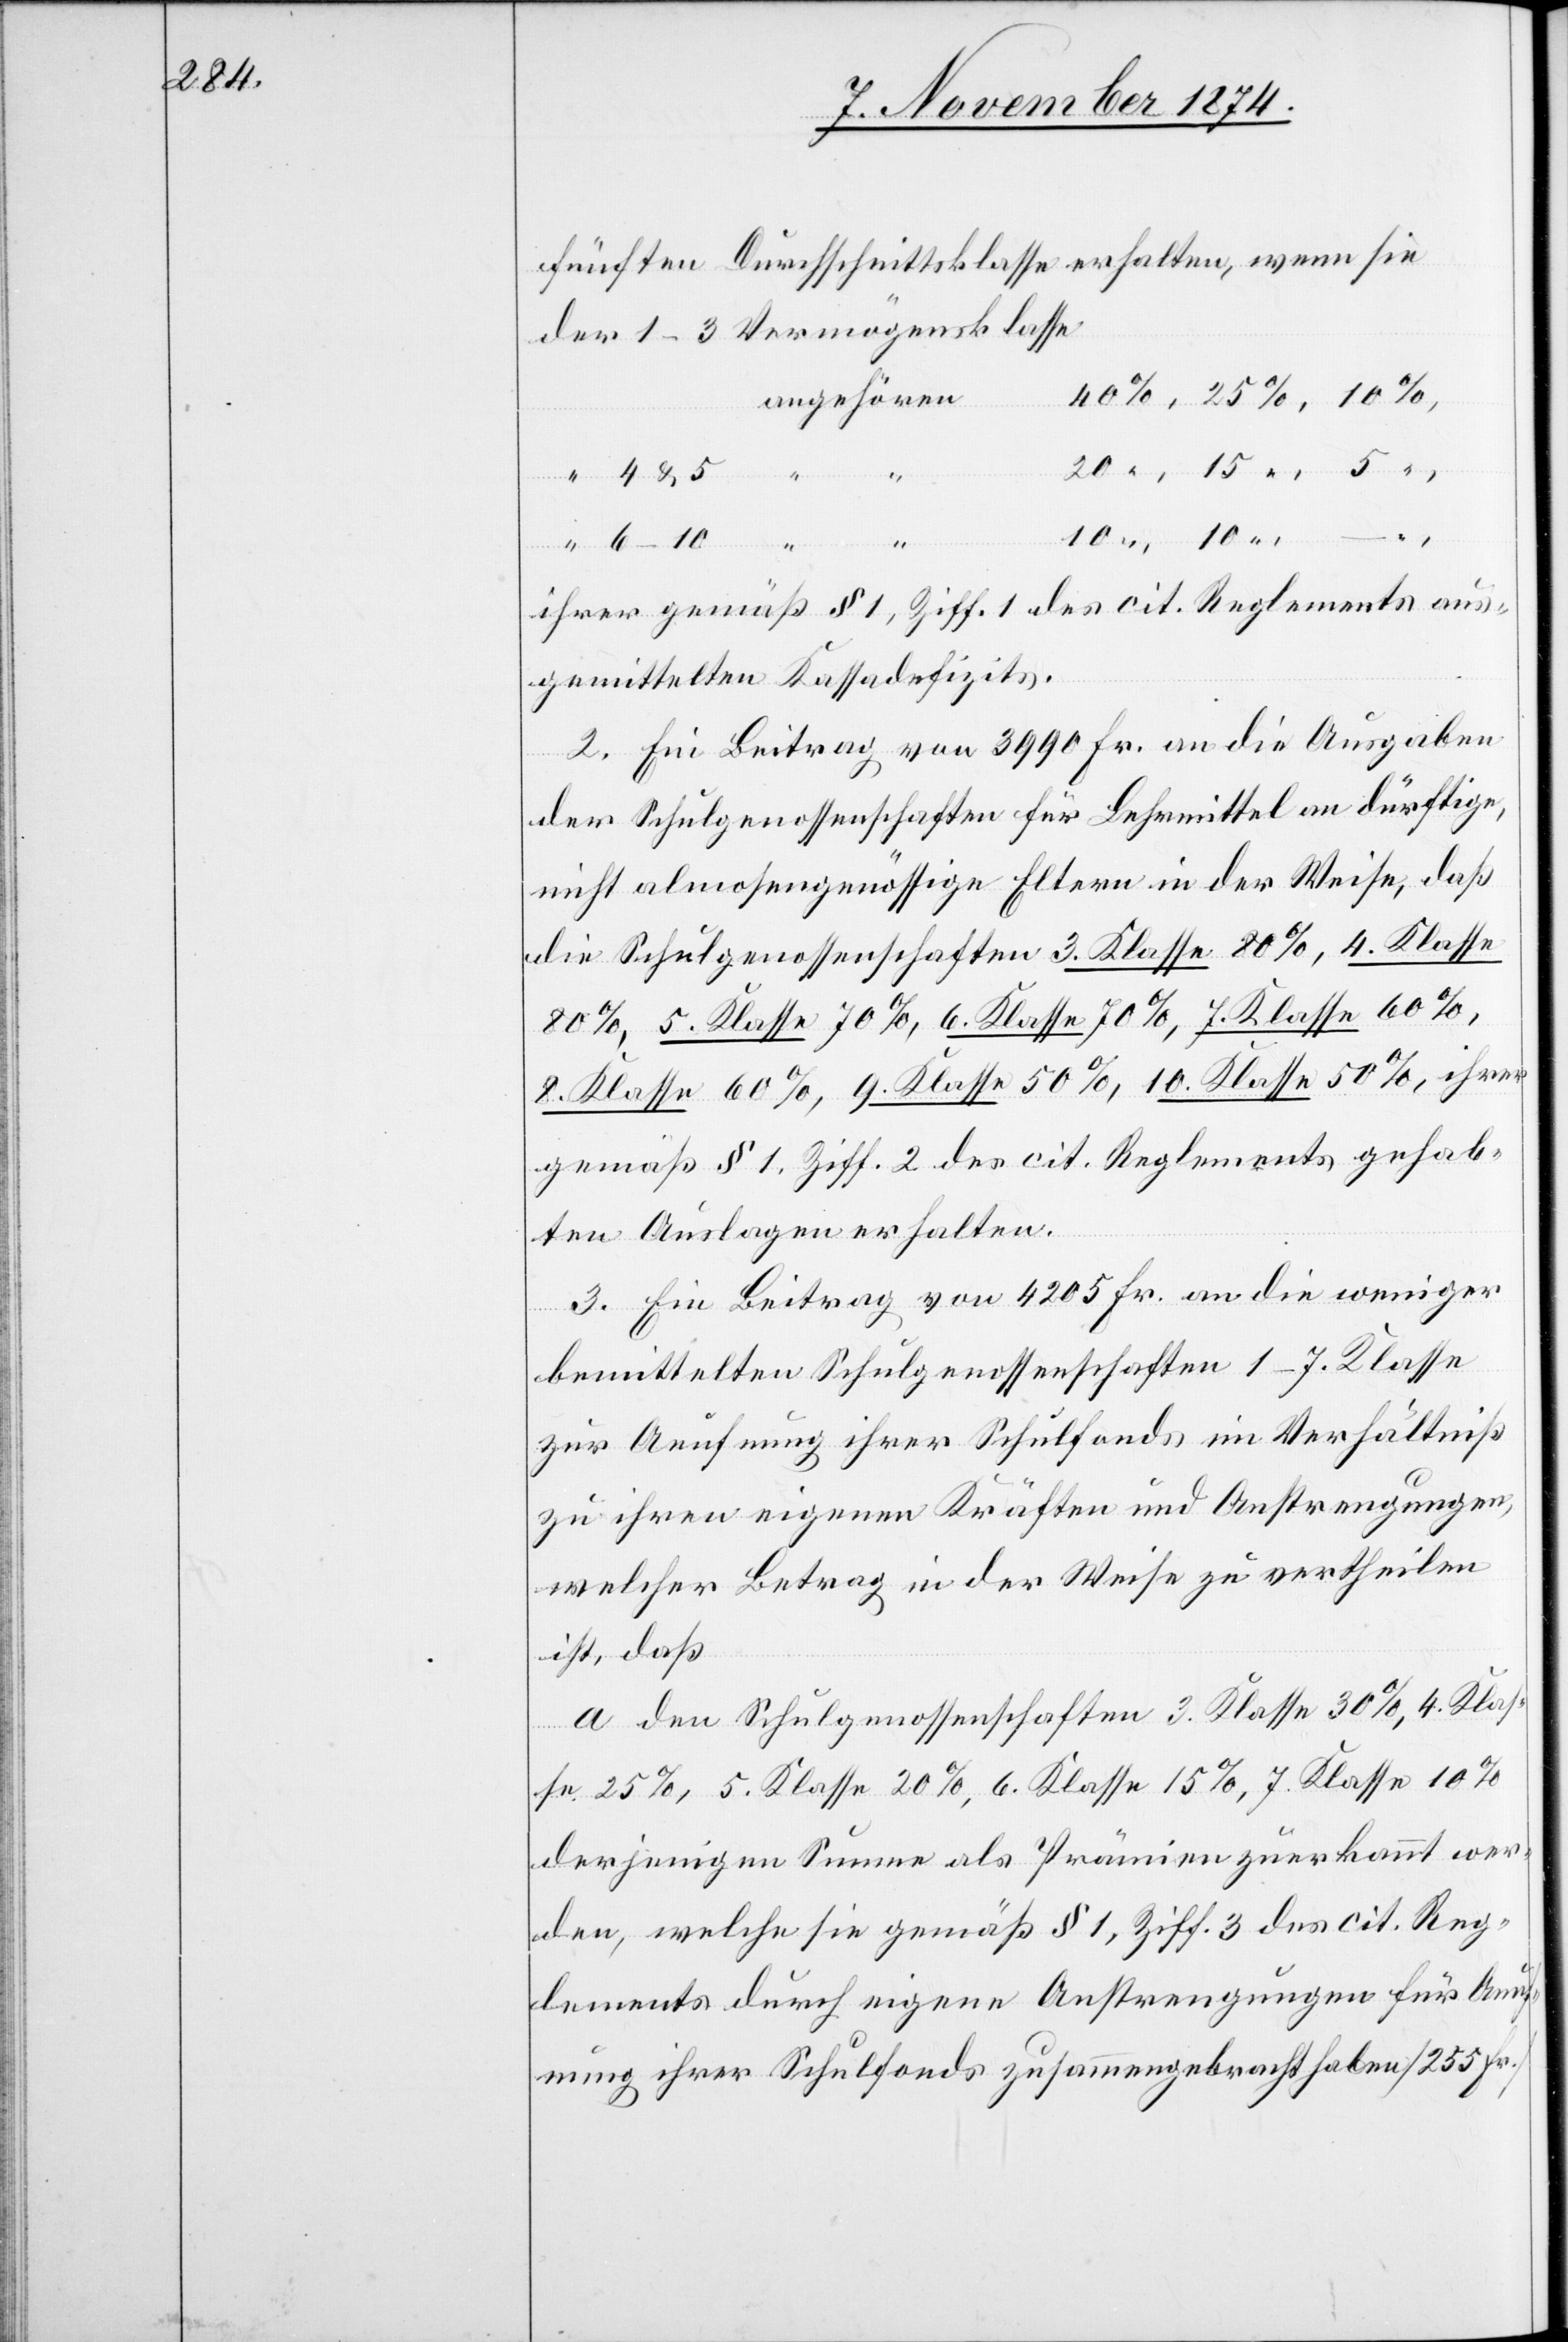
fünften Durchschnittsklasse erhalten, wenn sie
der 1–3 Vermögensklasse
angehören
4 & 5 “
ihres gemäß § 1, Ziff. 1 des cit. Reglements aus¬
gemittelten Kassadefizits.
2. Ein Beitrag von 3990 Fr. an die Ausgaben
der Schulgenossenschaften für Lehrmittel an dürftige,
nicht almosengenössige Eltern in der Weise, daß
die Schulgenossenschaften 3. Klasse 80%, 4. Klasse
80%, 5. Klasse 70%, 6. Klasse 70%, 7. Klasse 60%,
8. Klasse 60%, 9. Klasse 50%, 10. Klasse 50%, ihrer
gemäß § 1, Ziff. 2 des cit. Reglements gehab¬
ten Auslagen erhalten.
3. Ein Beitrag von 4205 Fr. an die weniger
bemittelten Schulgenossenschaften 1–7. Klasse
zur Aeufnung ihrer Schulfonds im Verhältniß
zu ihren eigenen Kräften und Anstrengungen,
welcher Betrag in der Weise zu vertheilen
ist, daß
a. den Schulgenossenschaften 3. Klasse 30%, 4. Klas¬
se 25%, 5. Klasse 20%, 6. Klasse 15%, 7. Klasse 10%
derjenigen Summe als Prämien zuerkannt wer¬
den, welche sie gemäß § 1, Ziff. 3 des cit. Reg¬
lements durch eigene Anstrengungen für Aeuf¬
nung ihrer Schulfonds zusammengebracht haben [255 Fr.]